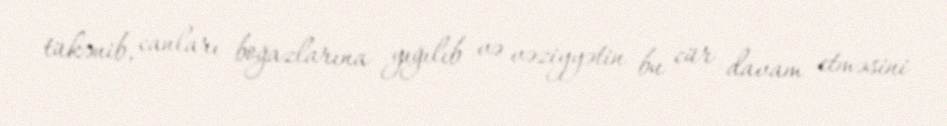
tükənib, canları boğazlarına yığılıb və vəziyyətin bu cür davam etməsini